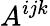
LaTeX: A^{ijk}